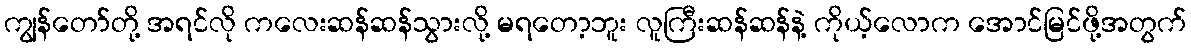
ကျွန်တော်တို့ အရင်လို ကလေးဆန်ဆန်သွားလို့ မရတော့ဘူး လူကြီးဆန်ဆန်နဲ့ ကိုယ့်လောက အောင်မြင်ဖို့အတွက်